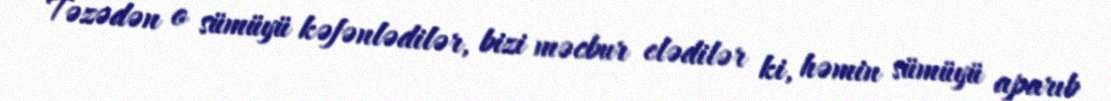
Təzədən o sümüyü kəfənlədilər, bizi məcbur elədilər ki, həmin sümüyü aparıb